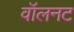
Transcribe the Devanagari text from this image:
वॉलनट